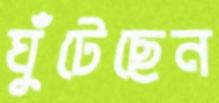
ঘুঁটেছেন